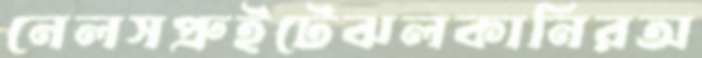
নেলসপ্রুইটেঝলকানিরঅ